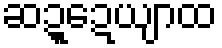
ဆဍ္ဍေယျာထ